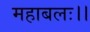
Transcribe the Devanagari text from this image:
महाबलः।।